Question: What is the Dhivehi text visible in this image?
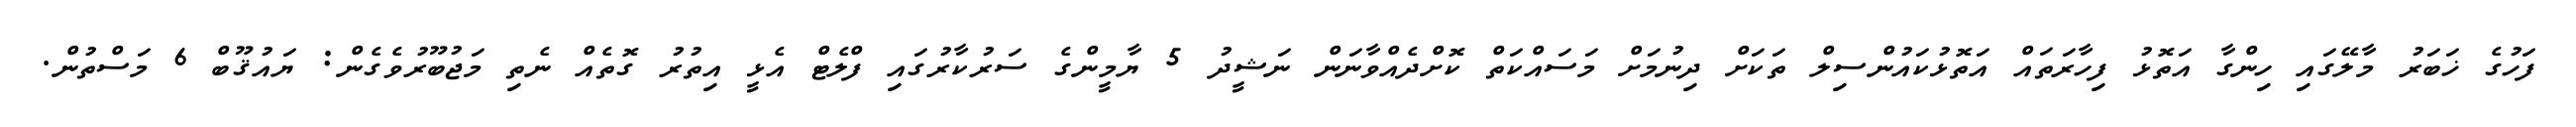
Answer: ފަހުގެ ޚަބަރު މާލޭގައި ހިންގާ އަތޮޅު ފިހާރަތައް އަތޮޅުކައުންސިލް ތަކަށް ދިނުމަށް މަސައްކަތް ކޮށްދެއްވާނަން ނަޝީދު 5 ޔާމީންގެ ސަރުކާރުގައި ފްލެޓް އެޅީ އިތުރު ގޮތެއް ނެތި މަޖުބޫރުވެގެން: ޔައުޤޫބް 6 މަސްތުން.